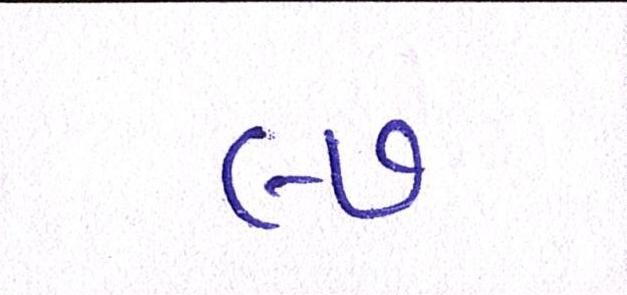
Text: ૯૭